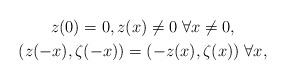
LaTeX: \begin{gather*}z(0)=0,z(x)\neq0\;\forall x\neq0,\\(z(-x),\zeta(-x))=(-z(x),\zeta(x))\;\forall x,\end{gather*}